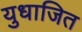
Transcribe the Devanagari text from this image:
युधाजित